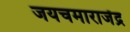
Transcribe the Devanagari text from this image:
जयचमाराजेंद्र